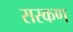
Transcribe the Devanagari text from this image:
सस्कण